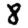
Digit: 8